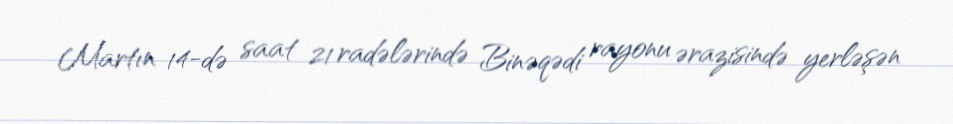
Martın 14-də saat 21 radələrində Binəqədi rayonu ərazisində yerləşən